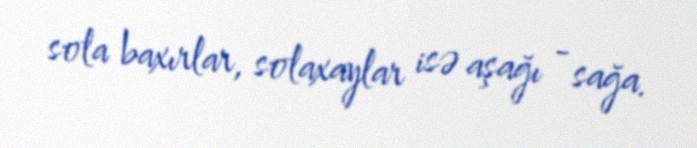
sola baxırlar, solaxaylar isə aşağı - sağa.